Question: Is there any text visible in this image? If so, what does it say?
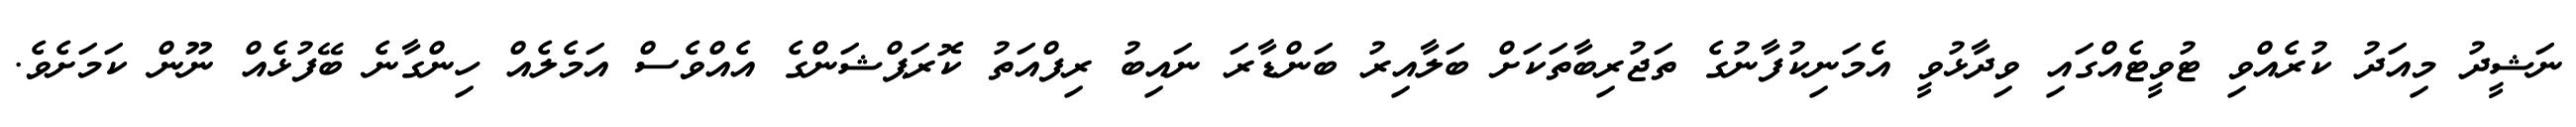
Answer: ނަޝީދު މިއަދު ކުރެއްވި ޓުވީޓެއްގައި ވިދާޅުވީ އެމަނިކުފާނުގެ ތަޖުރިބާތަކަށް ބަލާއިރު ބަންޑާރަ ނައިބު ރިފްއަތު ކޮރަޕްޝަންގެ އެއްވެސް އަމެލެއް ހިންގާނެ ބޭފުޅެއް ނޫން ކަމަށެވެ.